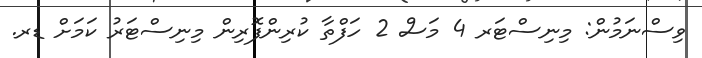
ވިސްނަމުން: މިނިސްޓަރ 4 މަސް 2 ހަފްތާ ކުރިންފޮރިން މިނިސްޓަރު ކަމަށް ޑރ.